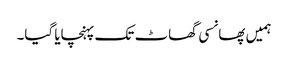
ہمیں پھانسی گھاٹ تک پہنچایا گیا۔